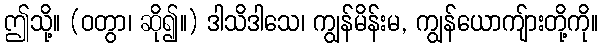
ဤသို့။ (ဝတွာ၊ ဆို၍။) ဒါသိဒါသေ၊ ကျွန်မိန်းမ, ကျွန်ယောကျ်ားတို့ကို။